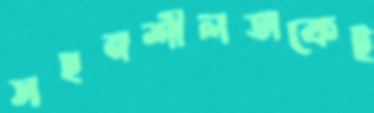
সহনশীলতাকেই